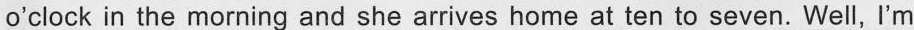
o'clock in the morning and she arrives home at ten to seven. Well, I'm